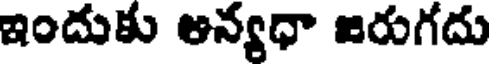
ఇందుకు అన్యధా జరుగదు